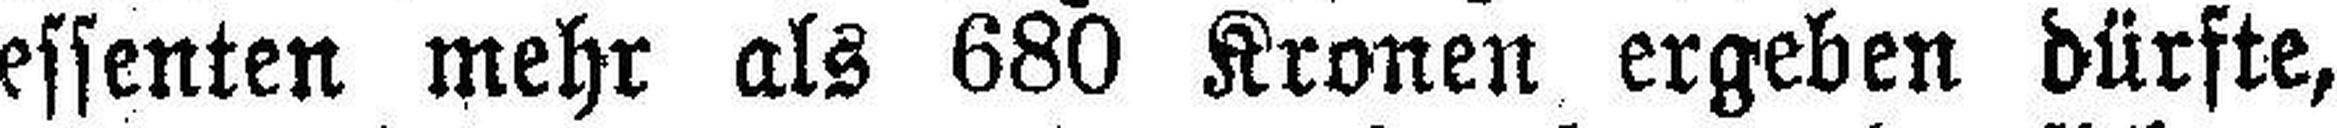
essenten mehr als 680 Kronen ergeben dürfte,